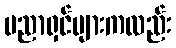
ပညာရှင်များကလည်း